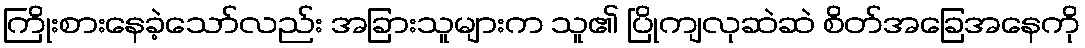
ကြိုးစားနေခဲ့သော်လည်း အခြားသူများက သူ၏ ပြိုကျလုဆဲဆဲ စိတ်အခြေအနေကို